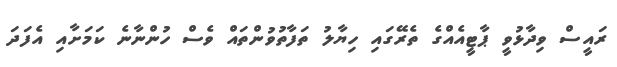
ރައީސް ވިދާޅުވީ ޕާޓީއެއްގެ ތެރޭގައި ހިޔާލު ތަފާތުވުންތައް ވެސް ހުންނާނެ ކަމަށާއި އެފަދަ